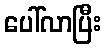
ပေါ်လာပြီး